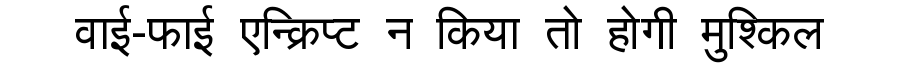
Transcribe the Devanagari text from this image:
वाई-फाई एन्क्रिप्ट न किया तो होगी मुश्किल